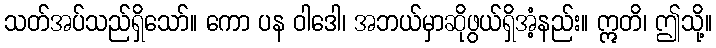
သတ်အပ်သည်ရှိသော်။ ကော ပန ဝါဒေါ၊ အဘယ်မှာဆိုဖွယ်ရှိအံ့နည်း။ ဣတိ၊ ဤသို့။